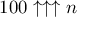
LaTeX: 1 0 0 \uparrow \uparrow \uparrow n